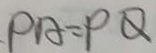
P A = P Q